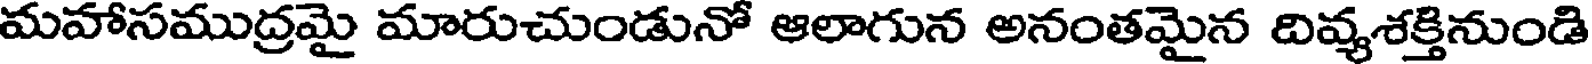
మహాసముద్రమై మారుచుండునో ఆలాగున అనంతమైన దివ్యశక్తినుండి